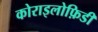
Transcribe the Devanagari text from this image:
कोराइलोफ़िडी